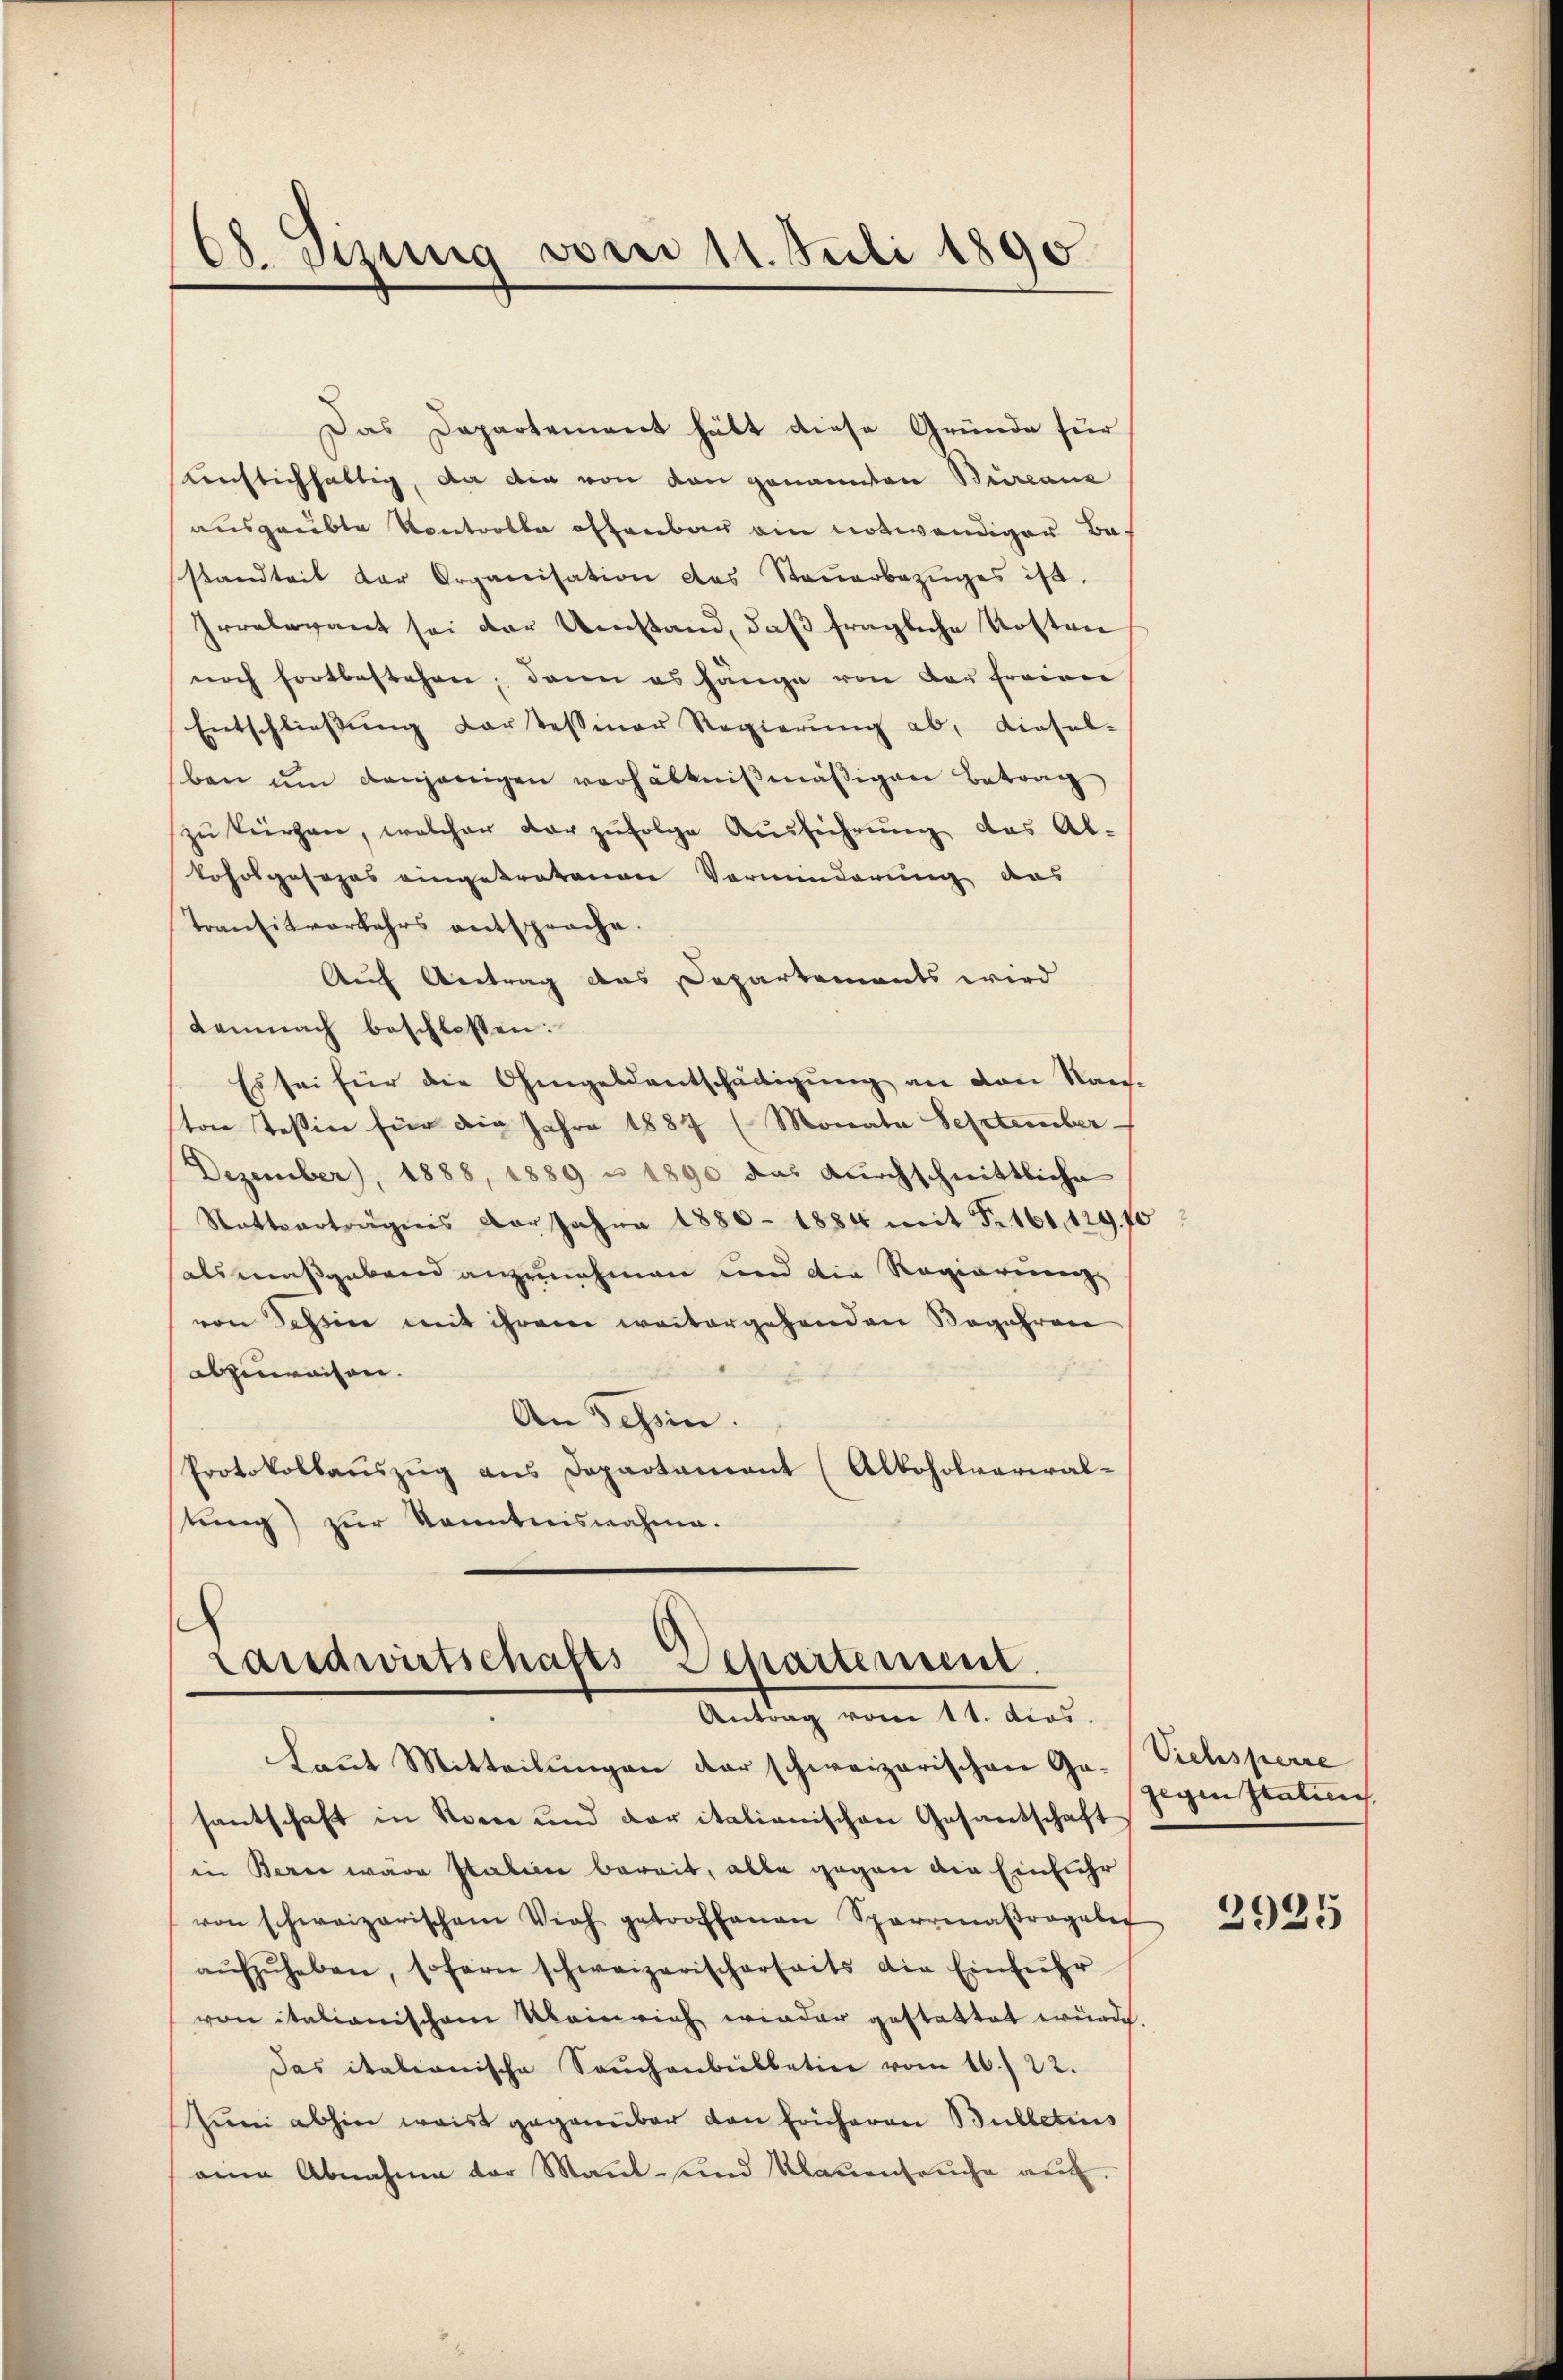
08. Sitzung vom 11. Juli 1890

Das Departement hätt diese Gründe für
Kenflichhaltig, da die von den genannten Büreaux
ausgeübte Kontroble offenbar ein notwendiger Bestandteit der Organisation das Steŭerbezŭges ist.
Irrelevant sei der Umstand, daβ fragliche Kosten
noch fortbestehen, dann es hänge von der freien
Entschlieβŭng Cartessiner Regierŭng ab, diesel-
ben ŭm denjenigen verhältnißmäßigen Betrag
zŭ kürzen, welcher der zŭfolge Aŭsführŭng des Ab-
koholgasopas eingetretenen Verminderung das
Transitverkehrs entsprache.
Auf Antrag das Departements wird
demnach beschlossen:
Es sei für die Ohmgeldentschädigŭng an den Kans-
ton Teßin für die Jahre 1887 (Monata September
Dezember), 1888, 1889 u 1890 das durchschnittliche
Rattverträgnis der Jahre 1880 - 1884 mit Fr. 161, 129. 10
salsmaßgebend anzunehmen und die Regierung
von Tessin mit ihrem weitergehenden Begehren
abzuweisen.
An Tessin.
Protokollauszug aus Departement (Alkoholvarial-
tung) zur Kenntnisnahme.

Landwirtschafts Departement
Antrag vom 11. das.

laut Mitteilungen der schweizerischen Ge- Viehsperre
santschaft in Rome und der italianischen Gesantschaft
in Bern wäre station bereit, alle gegen die Einführ
von schweizerischem Vieh getroffenen Sparrenaβragales
aŭfzŭheben, sofern schweizerischerseits die Einführ
von italianischem Kleinrich wieder gestattet würde.
Das italionische Sachenbülletin vom 16. 22.
Juni abhin weis gegenüber den Früheren Bulletes
eine Abnahme der Maṅt- und Klauenseuche auf

gegen Statun

2925